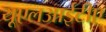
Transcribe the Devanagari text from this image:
यूएलआईटीए